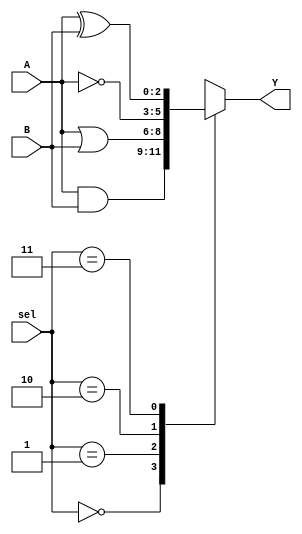
module combinational_logic_block (
    input wire [2:0] A,      // 3-bit input A
    input wire [2:0] B,      // 3-bit input B
    input wire [1:0] sel,    // 2-bit selector for logic operation
    output wire [2:0] Y      // 3-bit output Y
);

// Internal signals for logic operations
wire [2:0] and_out;
wire [2:0] or_out;
wire [2:0] not_out;
wire [2:0] xor_out;

// Logic operations
assign and_out = A & B;    // AND operation
assign or_out  = A | B;    // OR operation
assign not_out = ~A;       // NOT operation
assign xor_out = A ^ B;    // XOR operation

// Output selection based on the selector input
always @(*) begin
    case (sel)
        2'b00: Y = and_out;  // Select AND output
        2'b01: Y = or_out;   // Select OR output
        2'b10: Y = not_out;  // Select NOT output (only A)
        2'b11: Y = xor_out;  // Select XOR output
        default: Y = 3'b000; // Default case
    endcase
end

endmodule